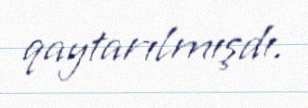
qaytarılmışdı.